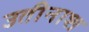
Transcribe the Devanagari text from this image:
उतीनाश